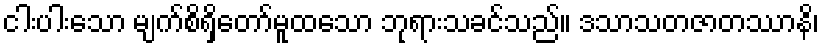
ငါးပါးသော မျက်စိရှိတော်မူထသော ဘုရားသခင်သည်။ ဒသာသတဇာတဿာနိ၊